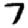
Digit: 7